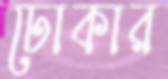
ঢোকার